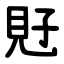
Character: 覎